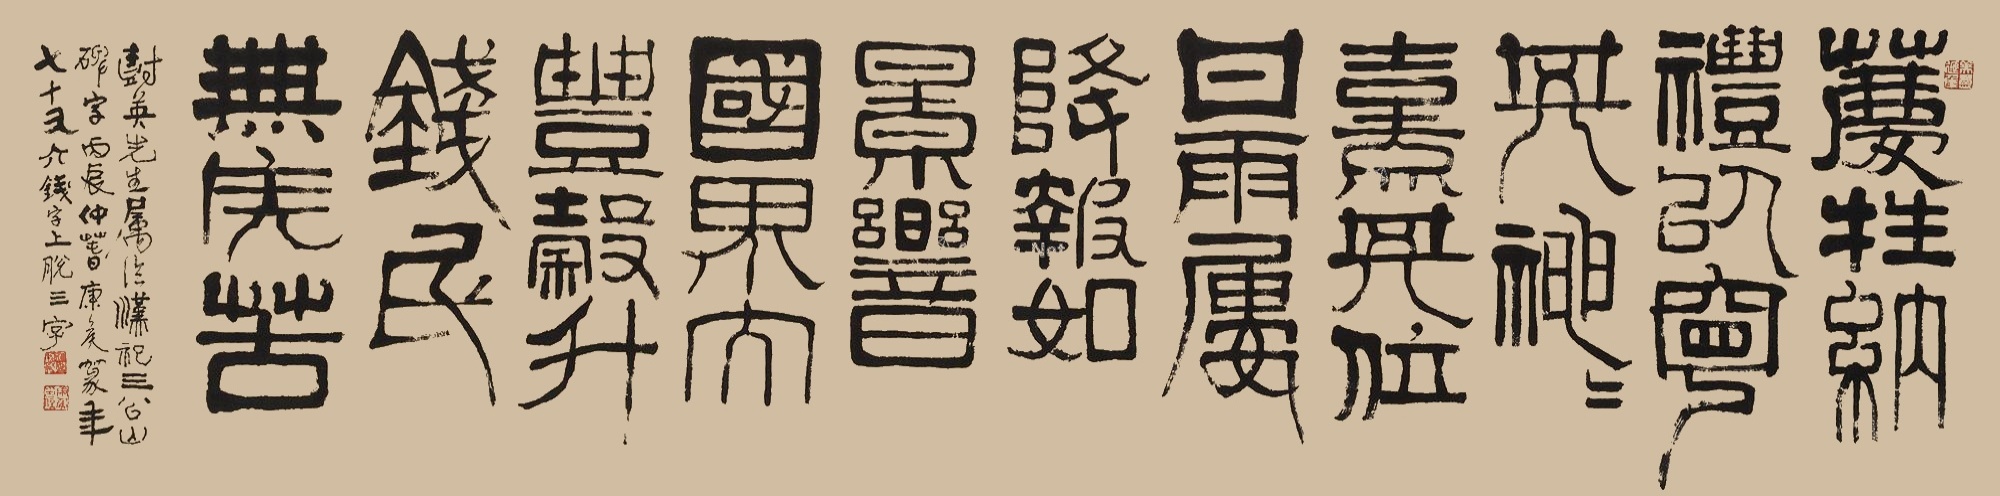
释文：荐牲纳礼，以宁其神。神熹其位，甘雨屡降。报如景响，国界大丰。谷斗三钱，民无疾苦。树英先生属临汉祀三公山碑字，丙辰仲春康侯篆年七十又六，钱字上脱三字。